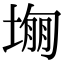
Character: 𡎾